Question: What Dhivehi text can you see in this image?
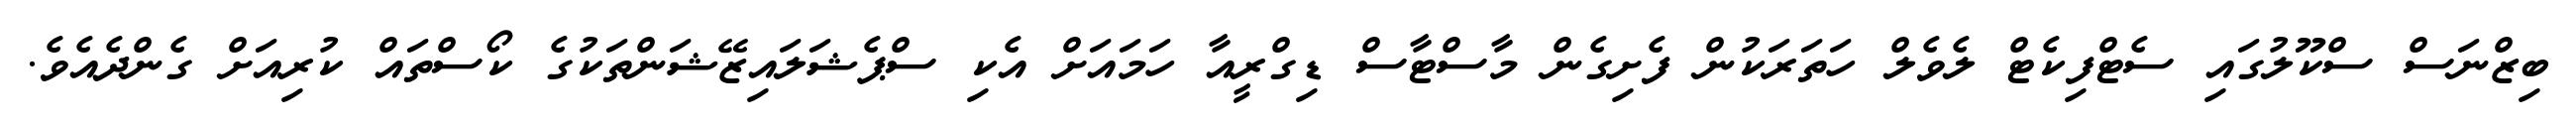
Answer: ބިޒްނަސް ސްކޫލުގައި ސެޓްފިކެޓް ލެވެލް ހަތަރަކުން ފެށިގެން މާސްޓާސް ޑިގްރީއާ ހަމައަށް އެކި ސްޕެޝަލައިޒޭޝަންތަކުގެ ކޯސްތައް ކުރިއަށް ގެންދެއެވެ.